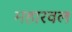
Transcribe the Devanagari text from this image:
महारवल